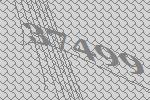
37499